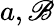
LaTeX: a,\mathscr{B}